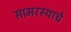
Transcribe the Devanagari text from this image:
सामरस्याचे